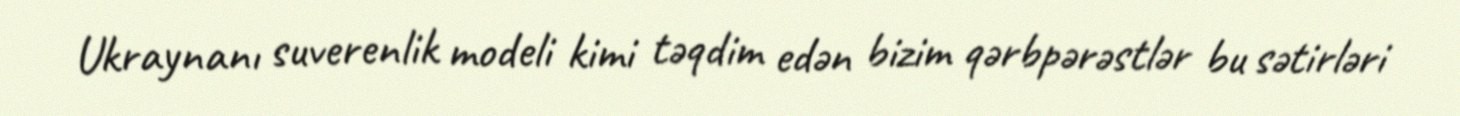
Ukraynanı suverenlik modeli kimi təqdim edən bizim qərbpərəstlər bu sətirləri